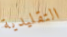
التقليدية